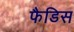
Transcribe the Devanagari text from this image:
फैडिस